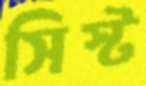
সিস্ট